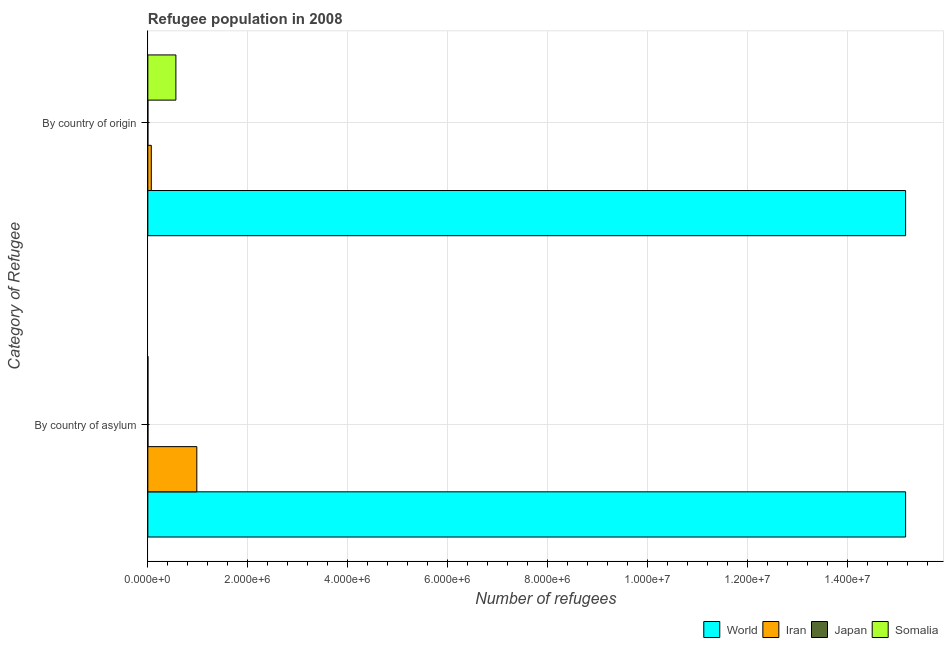
| Category of Refugee | World | Iran | Japan | Somalia |
 | --- | --- | --- | --- | --- |
 | By country of asylum | 1.52e+07 | 9.8e+05 | 2.02e+03 | 1.84e+03 |
 | By country of origin | 1.52e+07 | 6.91e+04 | 185 | 5.61e+05 |